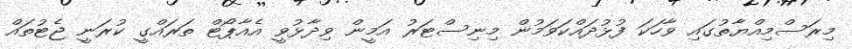
މިރަސްމިއްޔާތުގައި ވާހަކަ ފުޅުދައްކަވަމުން މިނިސްޓަރު އަމީން ވިދާޅުވީ އެއާޕޯޓް ތަރައްގީ ކުރަނީ ޖެޓުތައް